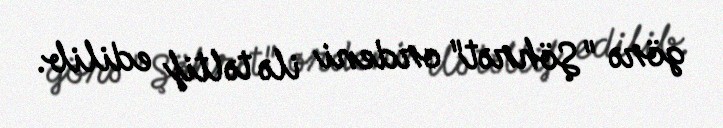
görə "Şöhrət" ordeni ilə təltif edilib.